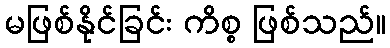
မဖြစ်နိုင်ခြင်း ကိစ္စ ဖြစ်သည်။